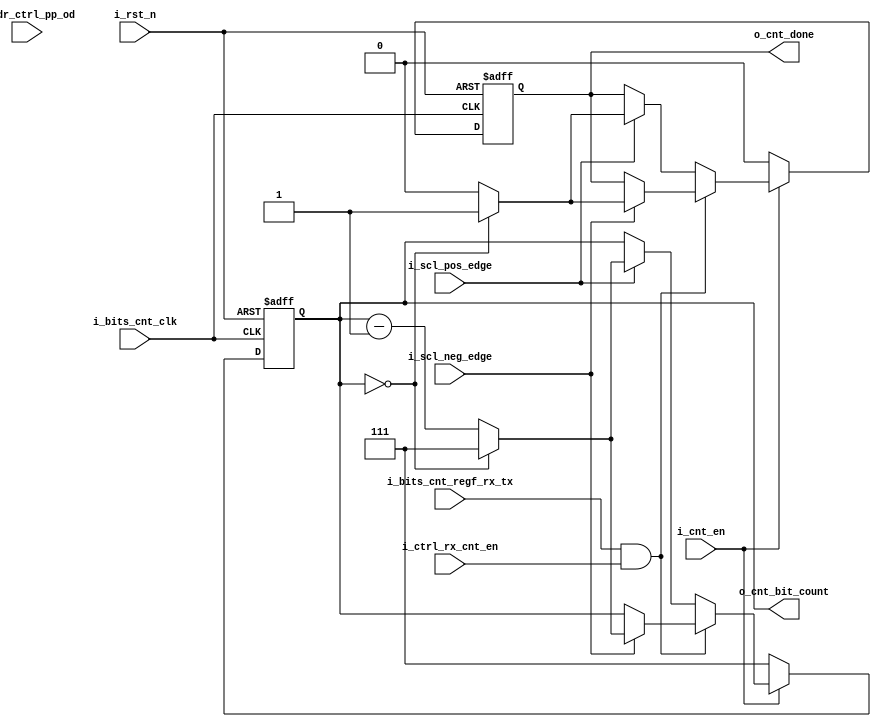
//////////////////////////////////////////////////////////////////////////////////
//==================================================================================
// MIXEL GP 2023 LIBRARY
// Copyright (c) 2023 Mixel, Inc.  All Rights Reserved.
// CONFIDENTIAL AND PROPRIETARY SOFTWARE/DATA OF MIXEL and ASU 2023 GP, INC.
//
// Revision: Youssef Noaman , Yaseen Salah , Nour Eldeen Samir 
//
// Version : 1.0
//
// Design Name:  bits_counter
// Module Name:  bits_counter
//
//==================================================================================
//
//  STATEMENT OF USE
//
//  This information contains confidential and proprietary information of MIXEL.
//  No part of this information may be reproduced, transmitted, transcribed,
//  stored in a retrieval system, or translated into any human or computer
//  language, in any form or by any means, electronic, mechanical, magnetic,
//  optical, chemical, manual, or otherwise, without the prior written permission
//  of MIXEL.  This information was prepared for Garduation Project purpose and is for
//  use by MIXEL Engineers only.  MIXEL and ASU 2023 GP reserves the right 
//  to make changes in the information at any time and without notice.
//
//==================================================================================
//////////////////////////////////////////////////////////////////////////////////

`default_nettype none
module bits_counter(
    input  wire       i_cnt_en              ,  
    input  wire       i_ctrl_rx_cnt_en      , // controller is in DATA IN state 
    input  wire       i_rst_n               ,
    input  wire       i_bits_cnt_clk        ,
    input  wire       i_sdr_ctrl_pp_od      , //UNUSED
    input  wire       i_scl_pos_edge        ,  
    input  wire       i_scl_neg_edge        ,  
    input  wire       i_bits_cnt_regf_rx_tx ,  // 0 for TX , 1 for RX
    output reg        o_cnt_done            ,
    output wire [2:0] o_cnt_bit_count
    );

// INTERNAL SIGNALS 
    reg [2:0] cnt_bit_count ;
    
// OUTPUT 
    assign o_cnt_bit_count = cnt_bit_count;
    
// COUNTER CORE
always @ (posedge i_bits_cnt_clk or negedge i_rst_n)
    begin : counter
        if (!i_rst_n)
            begin 
                cnt_bit_count <= 3'b111 ;
                o_cnt_done    <= 1'b0   ;    
            end
            
        else if (i_cnt_en)
            begin
                if(i_bits_cnt_regf_rx_tx && i_ctrl_rx_cnt_en) // RX condition 
                    begin
                        if (i_scl_neg_edge) 
                            begin 
                                if (!cnt_bit_count )
                                     begin
                                        cnt_bit_count <= 3'b111 ;
                                        o_cnt_done    <= 1'b1   ;    
                                     end
                                else    
                                     begin               
                                        cnt_bit_count <= cnt_bit_count - 1'd1 ;
                                        o_cnt_done    <= 1'b0                 ;
                                     end
                            end
                    end
                else                    // TX condition 
                    begin
                        if (i_scl_pos_edge) 
                            begin 
                                if (!cnt_bit_count )
                                     begin
                                        cnt_bit_count <= 3'b111 ;
                                        o_cnt_done    <= 1'b1   ;    
                                     end
                                else    
                                     begin               
                                        cnt_bit_count <= cnt_bit_count - 1'd1 ;
                                        o_cnt_done    <= 1'b0                 ;
                                     end
                            end
                    end        
            end
        else
              begin
                  cnt_bit_count <= 3'b111 ;
                  o_cnt_done    <= 1'b0   ;    
              end


    end 

endmodule
`default_nettype wire